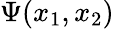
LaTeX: \Psi(x_{1},x_{2})